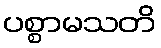
ပစ္စာမသတိ